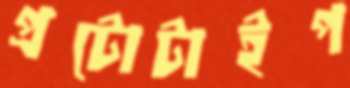
প্রটোটাইপ